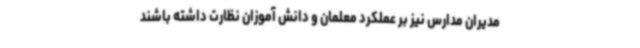
مدیران مدارس نیز بر عملکرد معلمان و دانش آموزان نظارت داشته باشند